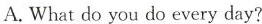
A.What do you do every day?